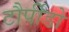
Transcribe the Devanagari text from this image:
टौर्पीडो